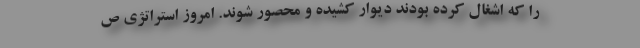
را که اشغال کرده بودند دیوار کشیده و محصور شوند. امروز استراتژی ص